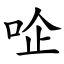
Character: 㖉